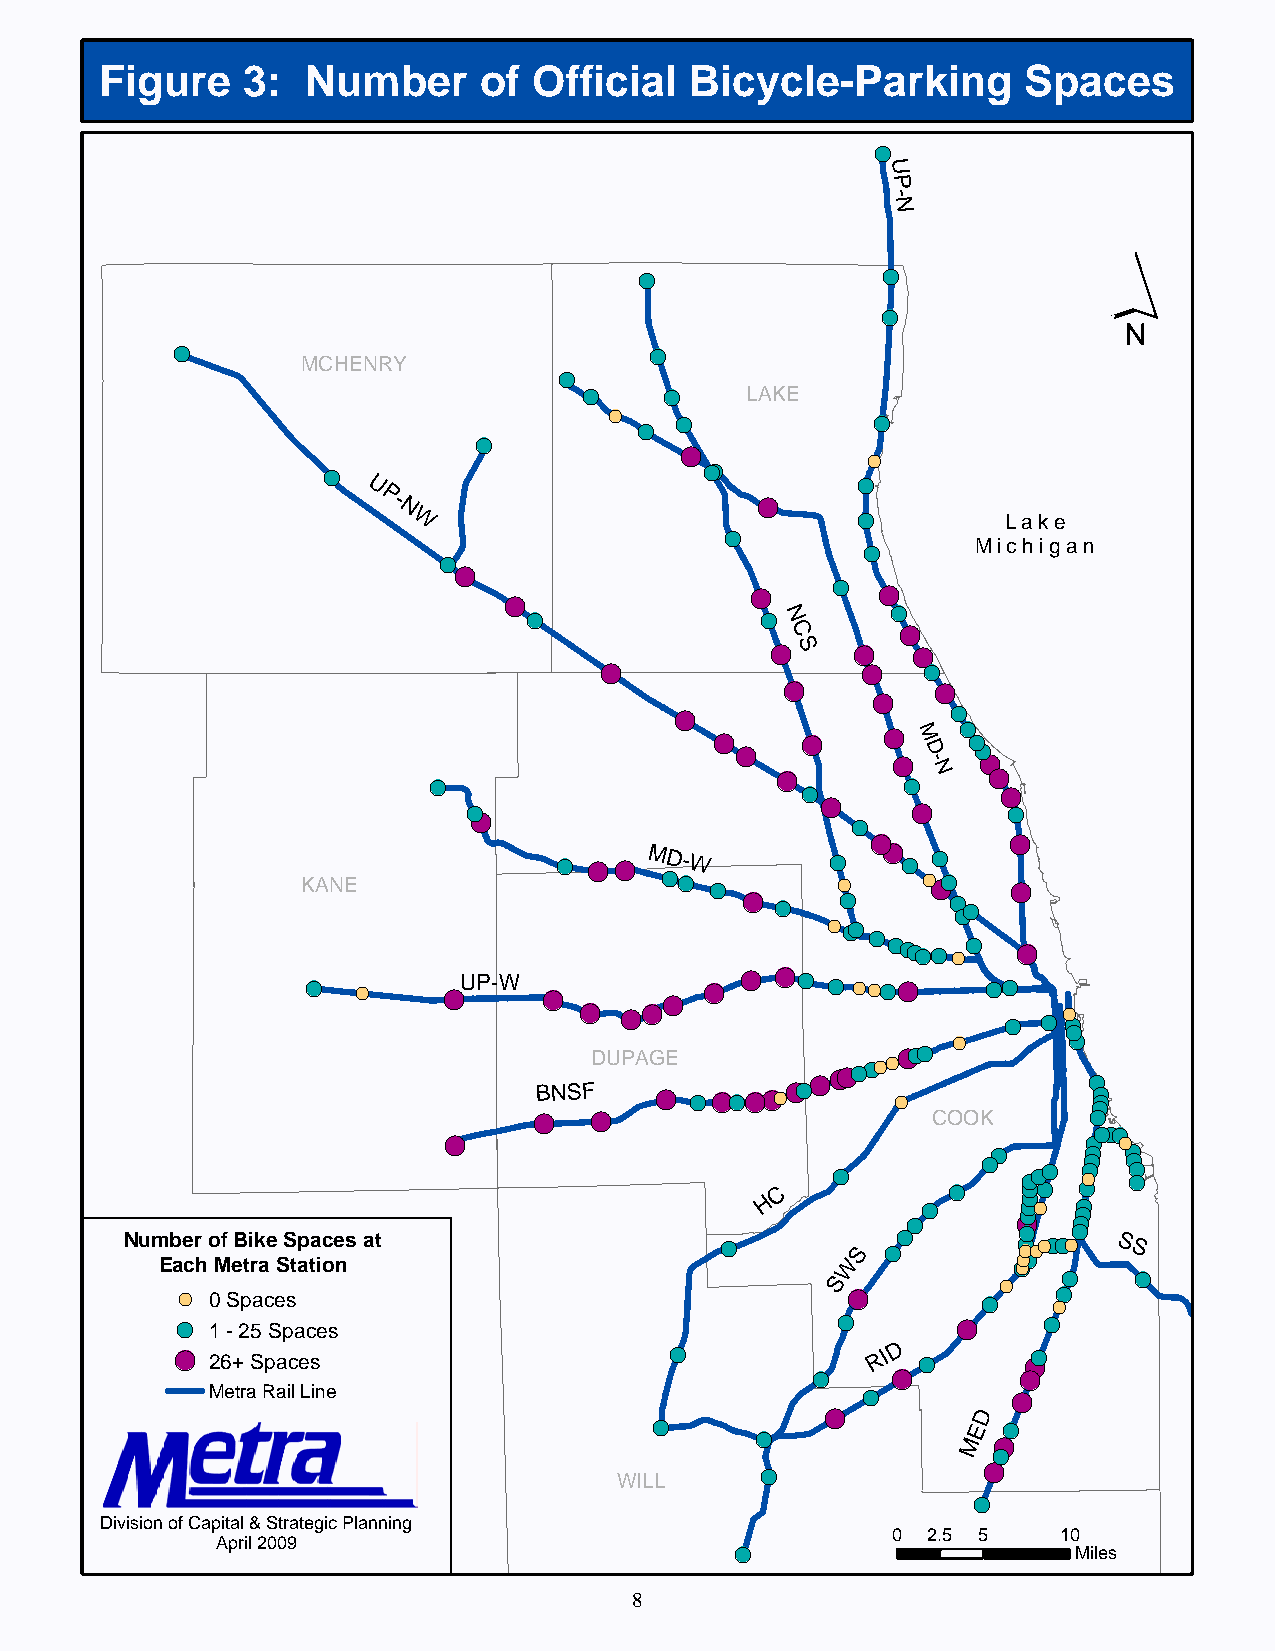
Figure   3:  Number      of Official   Bicycle-Parking       Spaces
 !(
 U
 P
 -
 N
 ´
 !(              !(
 !(
 !(                              !(
 MCHENRY
 !(
 !(   !(   LAKE
 !(   !(           !(
 !(
 !(
 !(
 !(
 !(                        !(!(
 !(
 U
 P-                       !(
 N W                            !(        Lake
 !(
 !(      Michigan
 !(
 !(
 !(   !( !(
 !(
 !(
 !(             !(N
 !(
 C
 !(S   !( !(
 !(               !(  !(
 !(        !(
 !(
 !(                !(
 !(    !(    !( M !( !(
 !(        !( D  !( !(
 !(        - N  !(
 !(                              !(
 !(           !(
 !(!(                   !(    !(     !(
 !(
 !(       !(
 !(
 !( !( !( MD-W     !(   !( !(
 KANE                    !(!( !(    !(    !(!(!( !(
 !( !(  !(     !( !(!(
 !(!(!(
 !(
 !(!(!(!(!(!(!( !(
 !(
 !(
 !(UP-W
 !(      !(
 !( !( !( !( !( !(!(!(!( !(!(
 !( !(!(
 !( !( !( !(
 !(
 !(      !(
 !(!(!(
 BNSFDUPAG !(E
 !(
 !(!(!(!(!(!(!(!(!(!(!(!(!(!(
 !(
 !(
 !(!(!(
 !(  !(                     COOK      !(
 !(!(!(
 !(
 C
 !(
 !(
 !(!(
 !(!( !(!( !(!( !(!(
 !(!(!(!( !(!(
 !(
 !( !(
 H       !(!(!(
 !(
 !(!(!(!( !(!(!(!(
 Num Eb ae cr
 h
 o Mf eB ti rk ae
 S
 S tap ta ioce ns at          !(      WS !(      !(!(!(!( !( !(!(!(!(!(!( SS
 !(   !(
 S !(       !(  !(
 !( 0 Spaces                                          !(   !(
 !(
 1 - 25 Spaces
 !(      !(    !(
 !(
 26+ Spaces
 !(            RID
 !(
 !(!(
 !(   !(       !(
 Metra Rail Line                            !(        !(
 !(        D
 !(     !(            ME !(!(
 !(
 !(
 !(
 WILL
 !(
 Division of Capital & Strategic Planning
 0 2.5 5    10
 April 2009                         !(                    Miles
 8